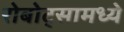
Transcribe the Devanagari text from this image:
रोबोट्सामध्ये